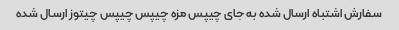
سفارش اشتباه ارسال شده به جای چیپس مزه چیپس چیپس چیتوز ارسال شده